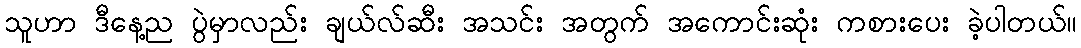
သူဟာ ဒီနေ့ည ပွဲမှာလည်း ချယ်လ်ဆီး အသင်း အတွက် အကောင်းဆုံး ကစားပေး ခဲ့ပါတယ်။